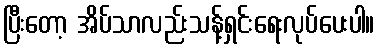
ပြီးတော့ အိပ်သာလည်းသန့်ရှင်းရေးလုပ်ပေးပါ။